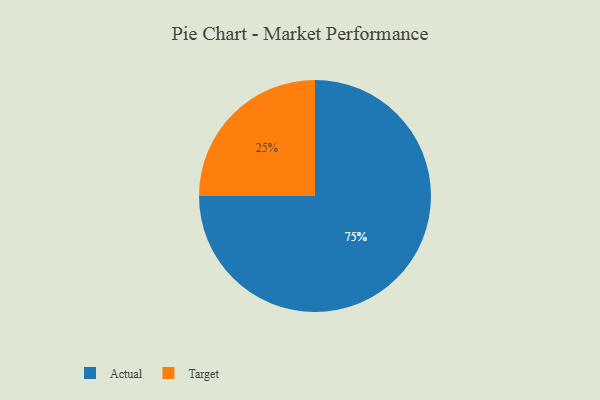
{"axis": {"x": "Category", "y": "Percentage"}, "legend": ["Actual", "Target"], "data": [{"x": "Actual", "y": 75, "type": "Actual"}, {"x": "Target", "y": 25, "type": "Target"}]}